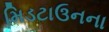
મિડટાઉનના